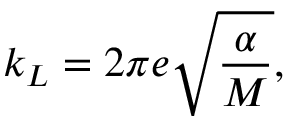
k _ { L } = 2 \pi e \sqrt { \frac { \alpha } { M } } ,